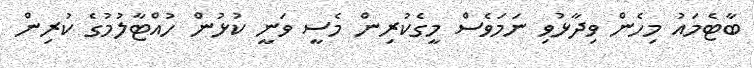
ބާޓެމައު މިހެން ވިދާޅުވި ނަމަވެސް މީގެކުރިން މެސީ ވަނީ ކުޅުން ހުއްޓާލުމުގެ ކުރިން